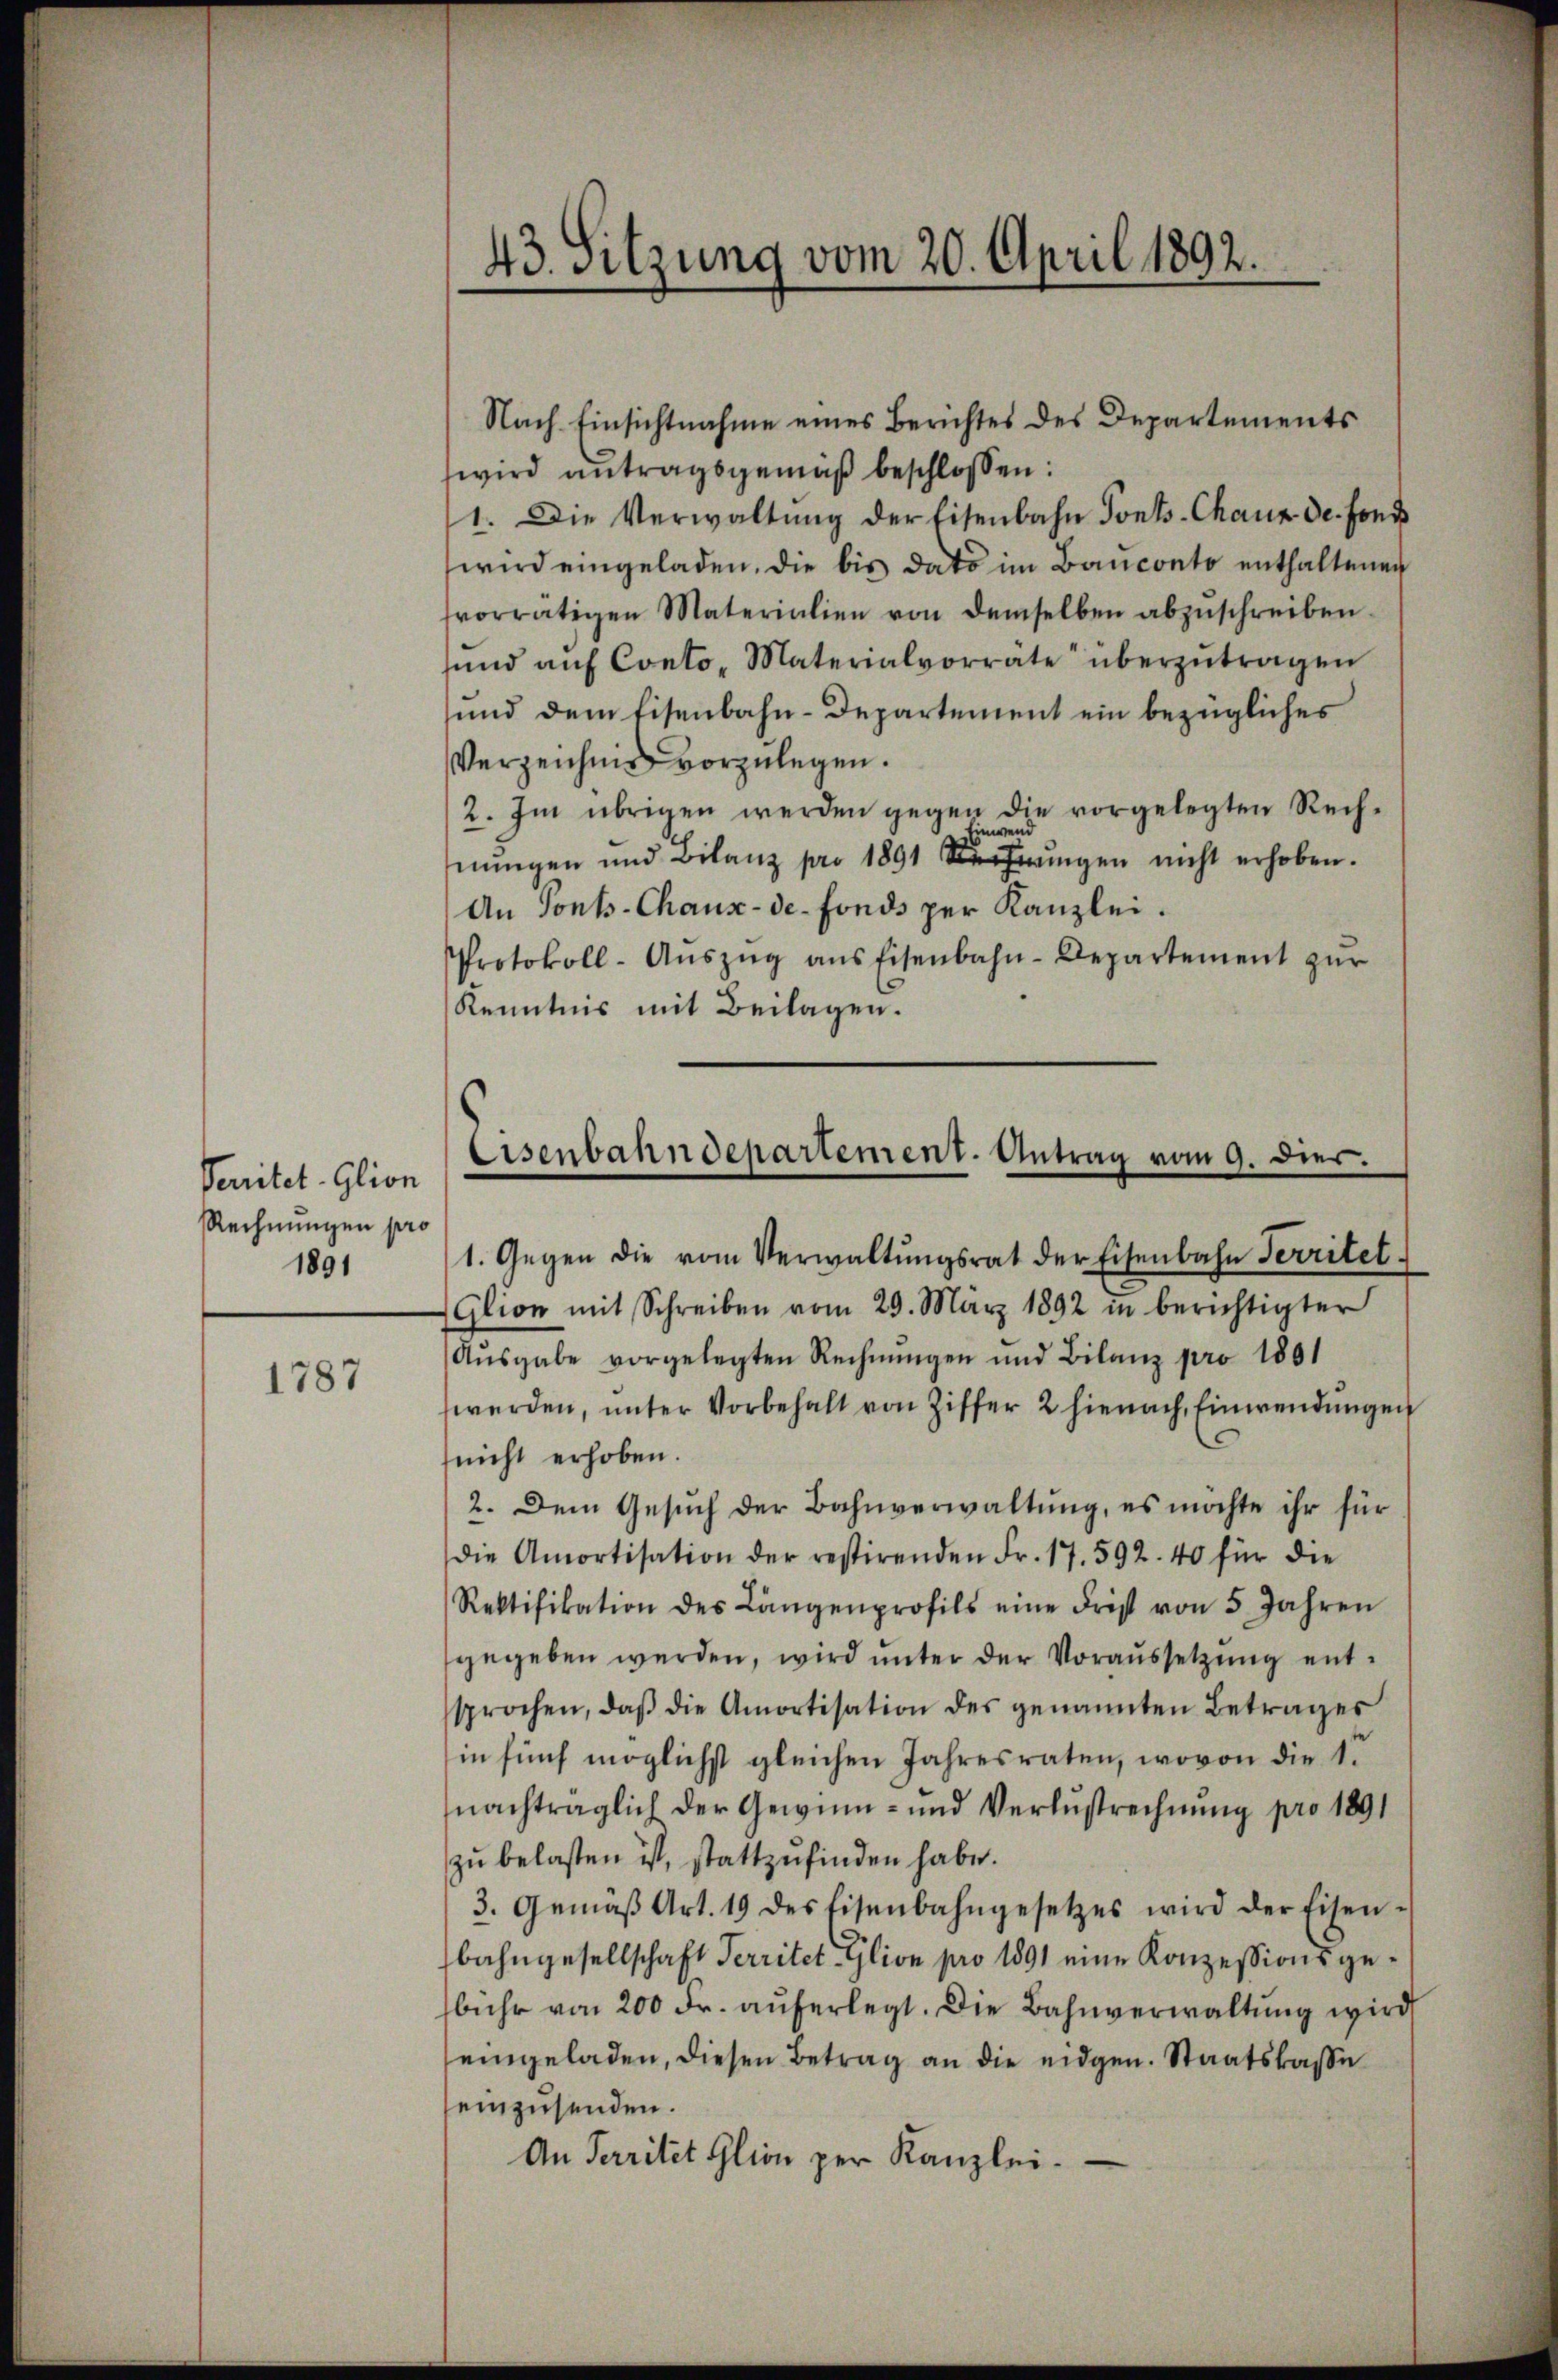
Seitet-Glion
Rechnungen pro
1891

1787

43. Sitzung vom 20. April 1892.

Nach Einsichtnahme eines Berichtes des Departements
wird antragsgemäβ beschlossen:
1. Die Verwaltŭng der Eisenbahn Ponts-Chaux de fond
wird eingeladen, die bis dato im Banconto enthaltenen
fvorrätigen Materialien von demselben abzuschreiben.
sund aŭf Conto. Materialvorrate überzŭtragen
und dem Eisenbahn-Departement ein bezügliches
Verzeichnis vorzulegen.
2. Im übrigen werden gegen die vorgelegten Recheni
nŭngen und Bilanz pro 1891 ŭngen nicht erhoben.
An Tonts-Chaux-de-Fonds per Kanzlei.
Protokoll-Aŭszŭg ans Eisenbahn-Departement zur
Kenntnis mit Beilagen.

Eisenbahndepartement. Antrag vom 9. dies

1. Gegen die vom Verwaltŭngsrat der Eisenbahn Territet.
Glion mit Schreiben vom 29. März 1892 in berichtigter
Aŭsgabe vorgelegten Rechnŭngen und Bilanz pro 1801
werden, ŭnter Vorbehalt von Ziffer 2 hienach Einwendungen
(nicht erhoben.
2. Dem Gesuch der Bahnverwaltung, es möchte ihr für
die Amortisation der restirenden Fr. 17. 592. 40 für die
Rektifikation des Längenprofils eine Frist von 5 Jahren
gegeben werden, wird unter der Voraussetzung entsprochen, daβ die Amortisation des genannten Betrages
in fünf möglichst gleichen Jahresraten, wovon die 1
nachträglich der Gewinn- und Verlustrechnŭng pro 1891
zu belasten ist, stattzufinden habe.
3. Gemäβ Art. 19 des Eisenbahngesetzes wird der Eisen-
bahngesellschaft Territet Glion pro 1891 eine Konzessionsgebühr von 200 Fr. aŭferlegt. Die Bahnverwaltŭng wird
eingeladen, diesen Betrag an die eidgen. Staatskasse
einzusenden.
An Territet Glion per Kanzlei.